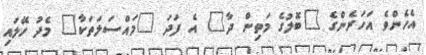
އެހެންވެ އަހަރެންގެ "ބޮލުގެ މަތިން ދާ" އެ ފަދަ "މައްސަލަތަކާ" މެދު ހޭލައި